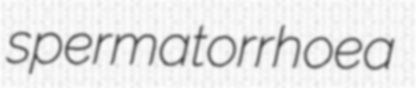
spermatorrhoea